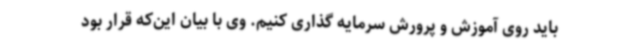
باید روی آموزش و پرورش سرمایه گذاری کنیم. وی با بیان این‌که قرار بود